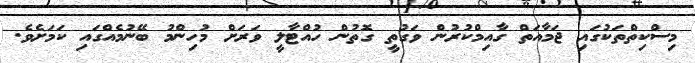
މިސްކިތްތަކުގައި ޖަމާއަތް ގާއިމްކުރުން ވަގުތީ ގޮތުން ހުއްޓާލީ ވަރަށް މުހިންމު ބޭނުމެއްގައި ކަމަށެވެ.